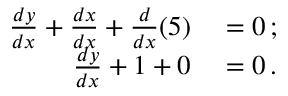
\begin{array} { r l } { { \frac { d y } { d x } } + { \frac { d x } { d x } } + { \frac { d } { d x } } ( 5 ) } & { { } = 0 \, ; } \\ { { \frac { d y } { d x } } + 1 + 0 } & { { } = 0 \, . } \end{array}